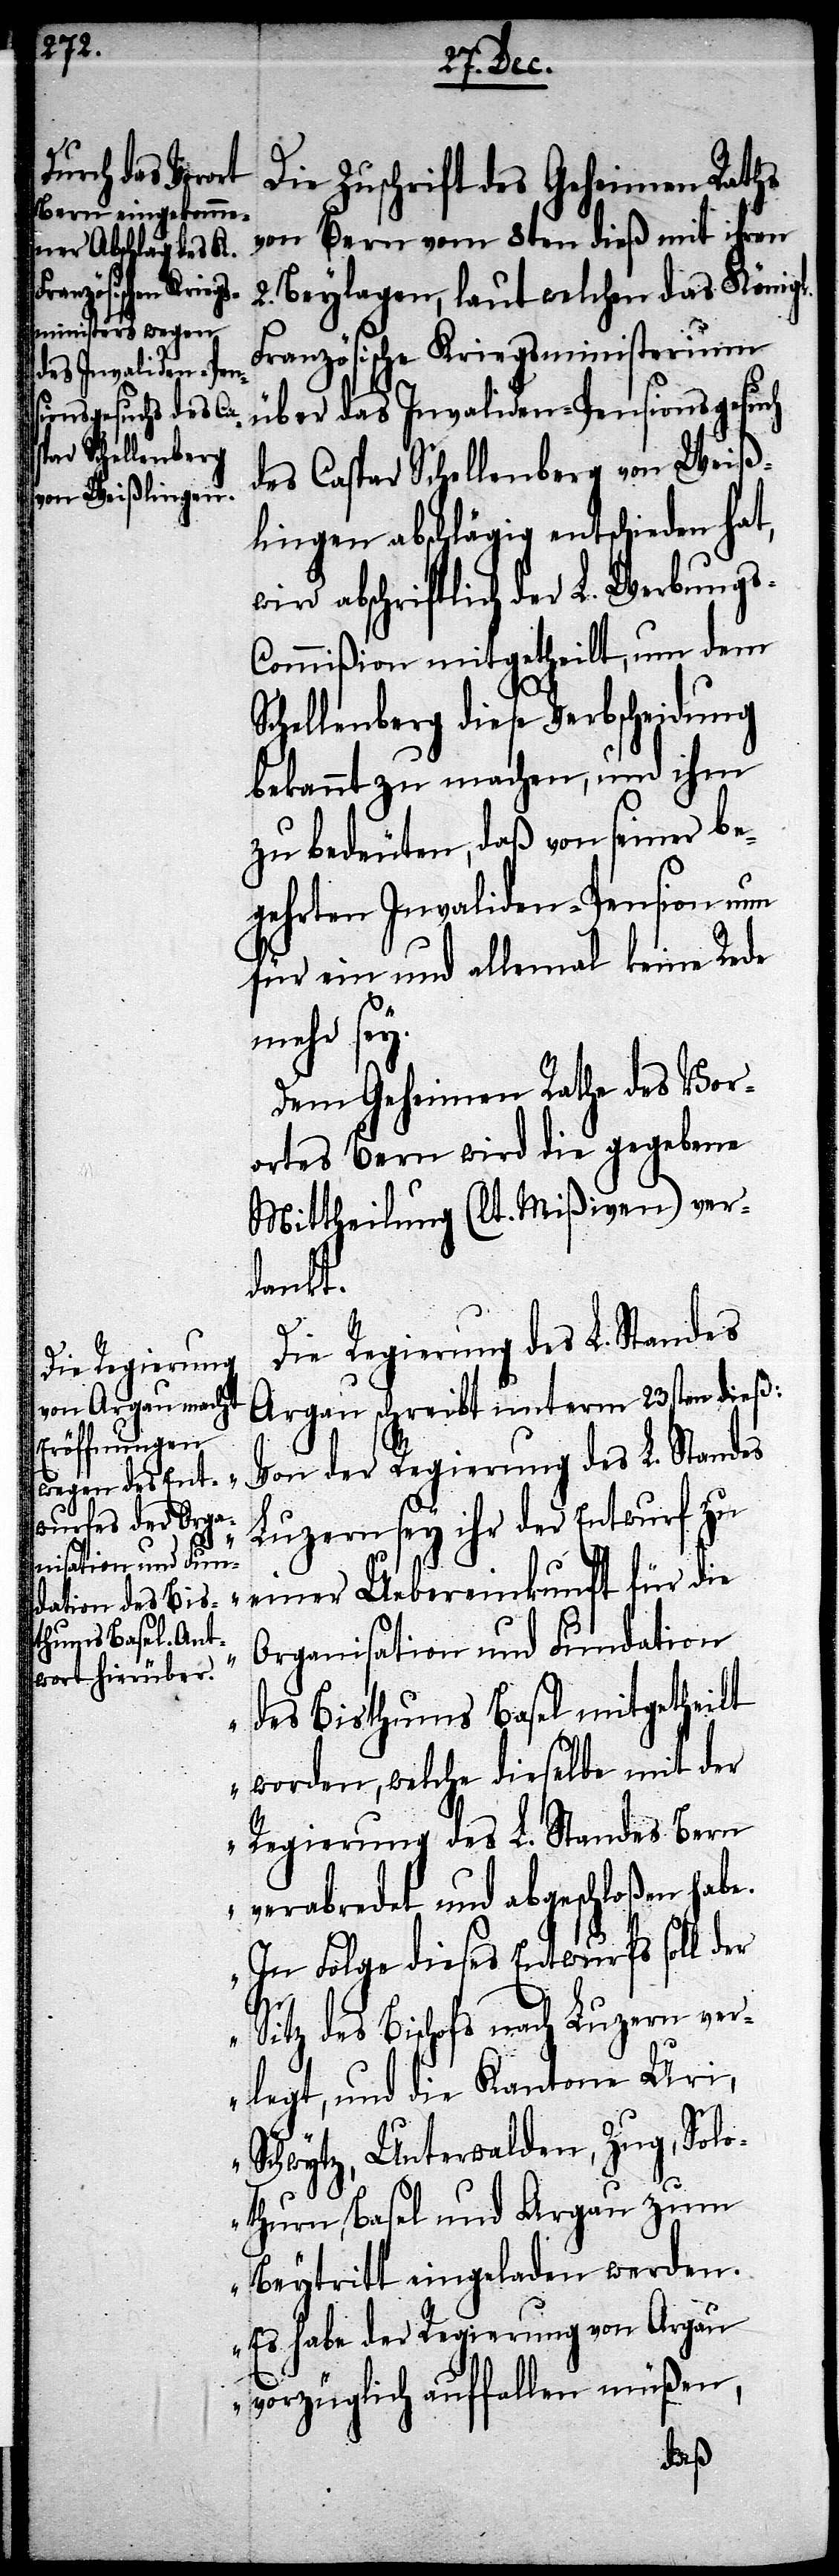
Die Zuschrift des Geheimen Raths
von Bern vom 8ten dieß mit ihren
2. Beylagen, laut welchen das Königl.
Französische Kriegsministerium
über das Invaliden-Pensionsgesuch
des Caspar Schellenberg von Weiß¬
lingen abschlägig entschieden hat,
wird abschriftlich der L. Werbung¬
s-Commißion mitgetheilt, um dem
Schellenberg diese Verbscheidung
bekannt zu machen, und ihm
zu bedeuten, daß von seiner be¬
gehrten Invaliden-Pension nun
für ein und allemal keine Rede
mehr sey.
Dem Geheimen Rath des Vor¬
ortes Bern wird die gegebene
Mittheilung (lt. Mißiven) ver¬
dankt.
Die Regierung des L. Standes
Argau schreibt unterm 23sten dieß:
„Von der Regierung des L. Standes
Luzern sey ihr der Entwurf zu
einer Uebereinkunft für die
Organisation und Fundation
des Bisthums Basel mitgetheilt
worden, welche dieselbe mit der
Regierung des L. Standes Bern
verabredet und abgeschloßen habe.
In Folge dieses Entwurfes soll der
Sitz des Bischofs nach Luzern ver¬
legt, und die Kantone Uri,
Schwytz, Unterwalden, Zug, Solo¬
thurn, Basel und Argau zum
Beytritt eingeladen werden.
Es habe der Regierung von Argau
vorzüglich auffallen müßen,